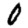
Digit: 0